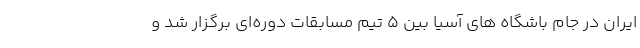
ایران در جام باشگاه های آسیا بین 5 تیم مسابقات دوره‌ای برگزار شد و